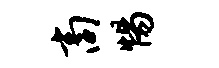
商惕